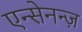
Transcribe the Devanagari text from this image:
एन्सेनन्ज़